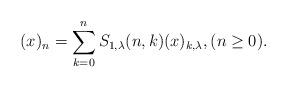
LaTeX: \begin{align*}(x)_{n}=\sum_{k=0}^{n}S_{1,\lambda}(n,k)(x)_{k,\lambda},(n\ge 0).\end{align*}